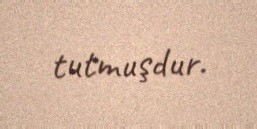
tutmuşdur.